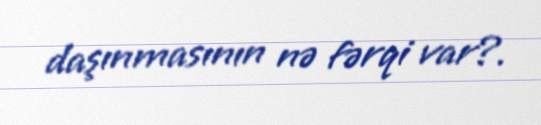
daşınmasının nə fərqi var?.